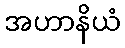
အဟာနိယံ